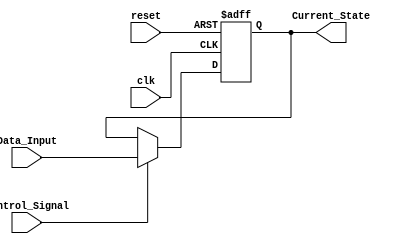
module hold_condition (
    input wire clk,                // Clock signal for synchronization
    input wire reset,              // Reset signal to initialize Current State
    input wire Control_Signal,     // Control signal to determine hold/update
    input wire [7:0] Data_Input,   // New data input (8-bit in this example)
    output reg [7:0] Current_State  // Current state output (8-bit)
);

// Initialization of Current State on reset
always @(posedge clk or posedge reset) begin
    if (reset) begin
        Current_State <= 8'b0;      // Initialize to zero on reset
    end else if (Control_Signal) begin
        Current_State <= Data_Input; // Update Current State with Data Input
    end
    // If Control_Signal is LOW, Current_State retains its value (Hold Condition)
end

endmodule